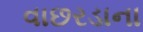
વાછરડાના